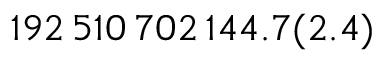
1 9 2 \, 5 1 0 \, 7 0 2 \, 1 4 4 . 7 ( 2 . 4 )